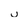
Character: u